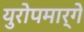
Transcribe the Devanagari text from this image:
युरोपमार्गे